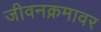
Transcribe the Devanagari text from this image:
जीवनक्रमावर